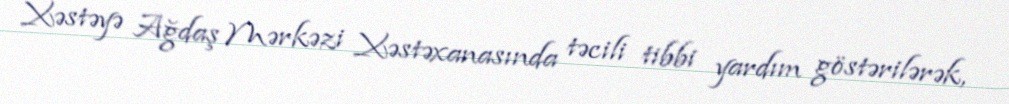
Xəstəyə Ağdaş Mərkəzi Xəstəxanasında təcili tibbi yardım göstərilərək,